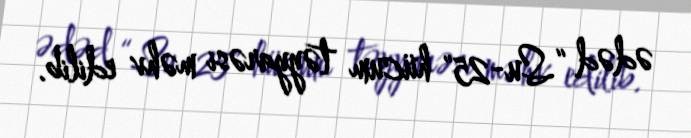
ədəd “Su-25" hücum təyyarəsi məhv edilib.